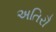
અતિરૌ